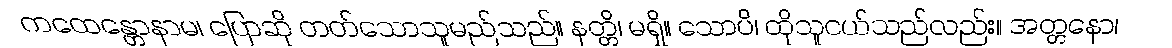
ကထေန္တောနာမ၊ ပြောဆို တတ်သောသူမည်သည်။ နတ္တိ၊ မရှိ။ သောပိ၊ ထိုသူငယ်သည်လည်း။ အတ္တနော၊